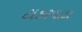
ટાકરવાડા